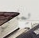
يملي